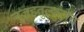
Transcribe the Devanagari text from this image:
नुज़हतुल्कुलूब